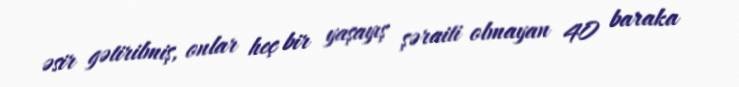
əsir gətirilmiş, onlar heç bir yaşayış şəraiti olmayan 40 baraka